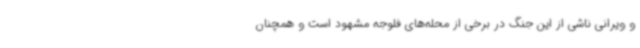
و ویرانی ناشی از این جنگ در برخی از محله‌های فلوجه مشهود است و همچنان